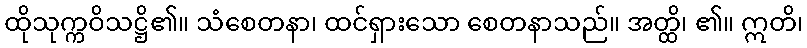
ထိုသုက္ကဝိသဋ္ဌိ၏။ သံစေတနာ၊ ထင်ရှားသော စေတနာသည်။ အတ္ထိ၊ ၏။ ဣတိ၊